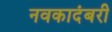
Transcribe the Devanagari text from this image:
नवकादंबरी